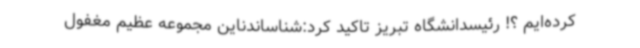
کرده‌ایم ؟! رئیسدانشگاه تبریز تاکید کرد:شناساندناین مجموعه عظیم مغفول